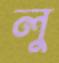
লু